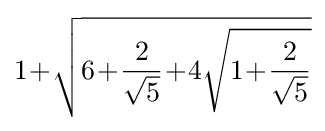
1\!+\!{\sqrt {6\!+\!{\frac {2}{\sqrt {5}}}\!+\!4{\sqrt {1\!+\!{\frac {2}{\sqrt {5}}}}}}}